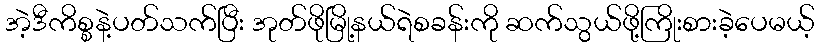
အဲ့ဒီကိစ္စနဲ့ပတ်သက်ပြီး အုတ်ဖိုမြို့နယ်ရဲစခန်းကို ဆက်သွယ်ဖို့ကြိုးစားခဲ့ပေမယ့်